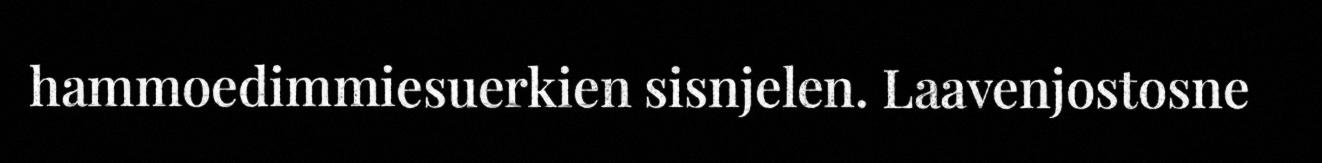
hammoedimmiesuerkien sisnjelen. Laavenjostosne